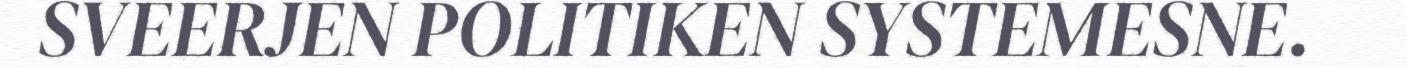
SVEERJEN POLITIKEN SYSTEMESNE.